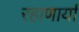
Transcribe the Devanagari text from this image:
रहाणार्या